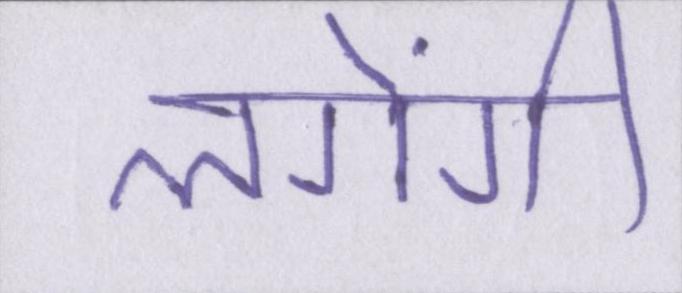
लगेंगी